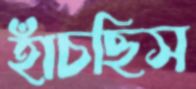
হাঁচছিস